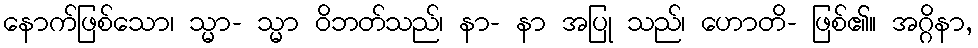
နောက်ဖြစ်သော၊ သ္မာ- သ္မာ ဝိဘတ်သည်၊ နာ- နာ အပြု သည်၊ ဟောတိ- ဖြစ်၏။ အဂ္ဂိနာ,